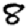
Digit: 8